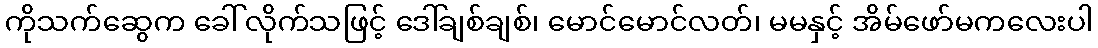
ကိုသက်ဆွေက ခေါ်လိုက်သဖြင့် ဒေါ်ချစ်ချစ်၊ မောင်မောင်လတ်၊ မမနှင့် အိမ်ဖော်မကလေးပါ